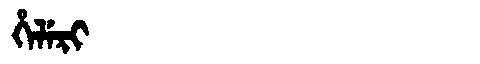
Manchu: ᡥᡝᠯᡝᡵᡳ
Romanization: HELERI